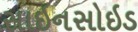
સાઇનસોઇડ